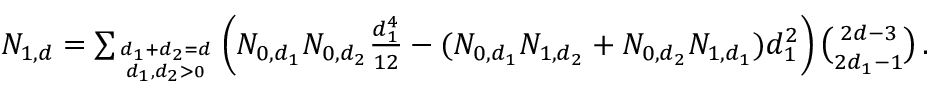
\begin{array} { r } { N _ { 1 , d } = \sum _ { d _ { 1 } + d _ { 2 } = d \atop d _ { 1 } , d _ { 2 } > 0 } \left( N _ { 0 , d _ { 1 } } N _ { 0 , d _ { 2 } } \frac { d _ { 1 } ^ { 4 } } { 1 2 } - ( N _ { 0 , d _ { 1 } } N _ { 1 , d _ { 2 } } + N _ { 0 , d _ { 2 } } N _ { 1 , d _ { 1 } } ) d _ { 1 } ^ { 2 } \right) { \binom { 2 d - 3 } { 2 d _ { 1 } - 1 } } \, . } \end{array}